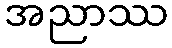
အညာဿ